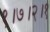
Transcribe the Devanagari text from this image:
१।७।२।१